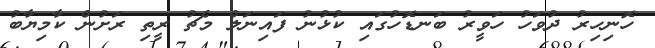
ހޮނިހިރު ދުވަހު ހަވީރު ބަނޑޮހުގައި ކުޅުނު ފައިނަލް މެޗު ރީތި ރަށުން ކާމިޔާބު